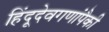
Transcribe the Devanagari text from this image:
हिंदूदेवगणांपैकी